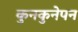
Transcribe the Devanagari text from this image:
कुनकुनेपन